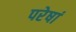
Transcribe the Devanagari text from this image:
परेषां